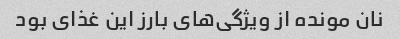
نان مونده از ویژگی‌های بارز این غذای بود